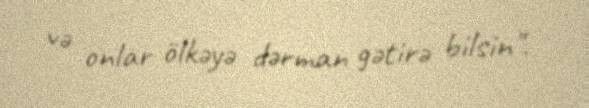
və onlar ölkəyə dərman gətirə bilsin".